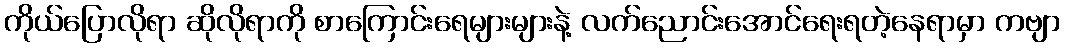
ကိုယ်ပြောလိုရာ ဆိုလိုရာကို စာကြောင်းရေများများနဲ့ လက်ညောင်းအောင်ရေးရတဲ့နေရာမှာ ကဗျာ